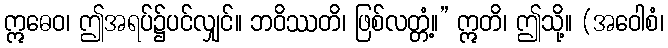
ဣဓေဝ၊ ဤအရပ်၌ပင်လျှင်။ ဘဝိဿတိ၊ ဖြစ်လတ္တံ့။” ဣတိ၊ ဤသို့။ (အဝေါစံ၊